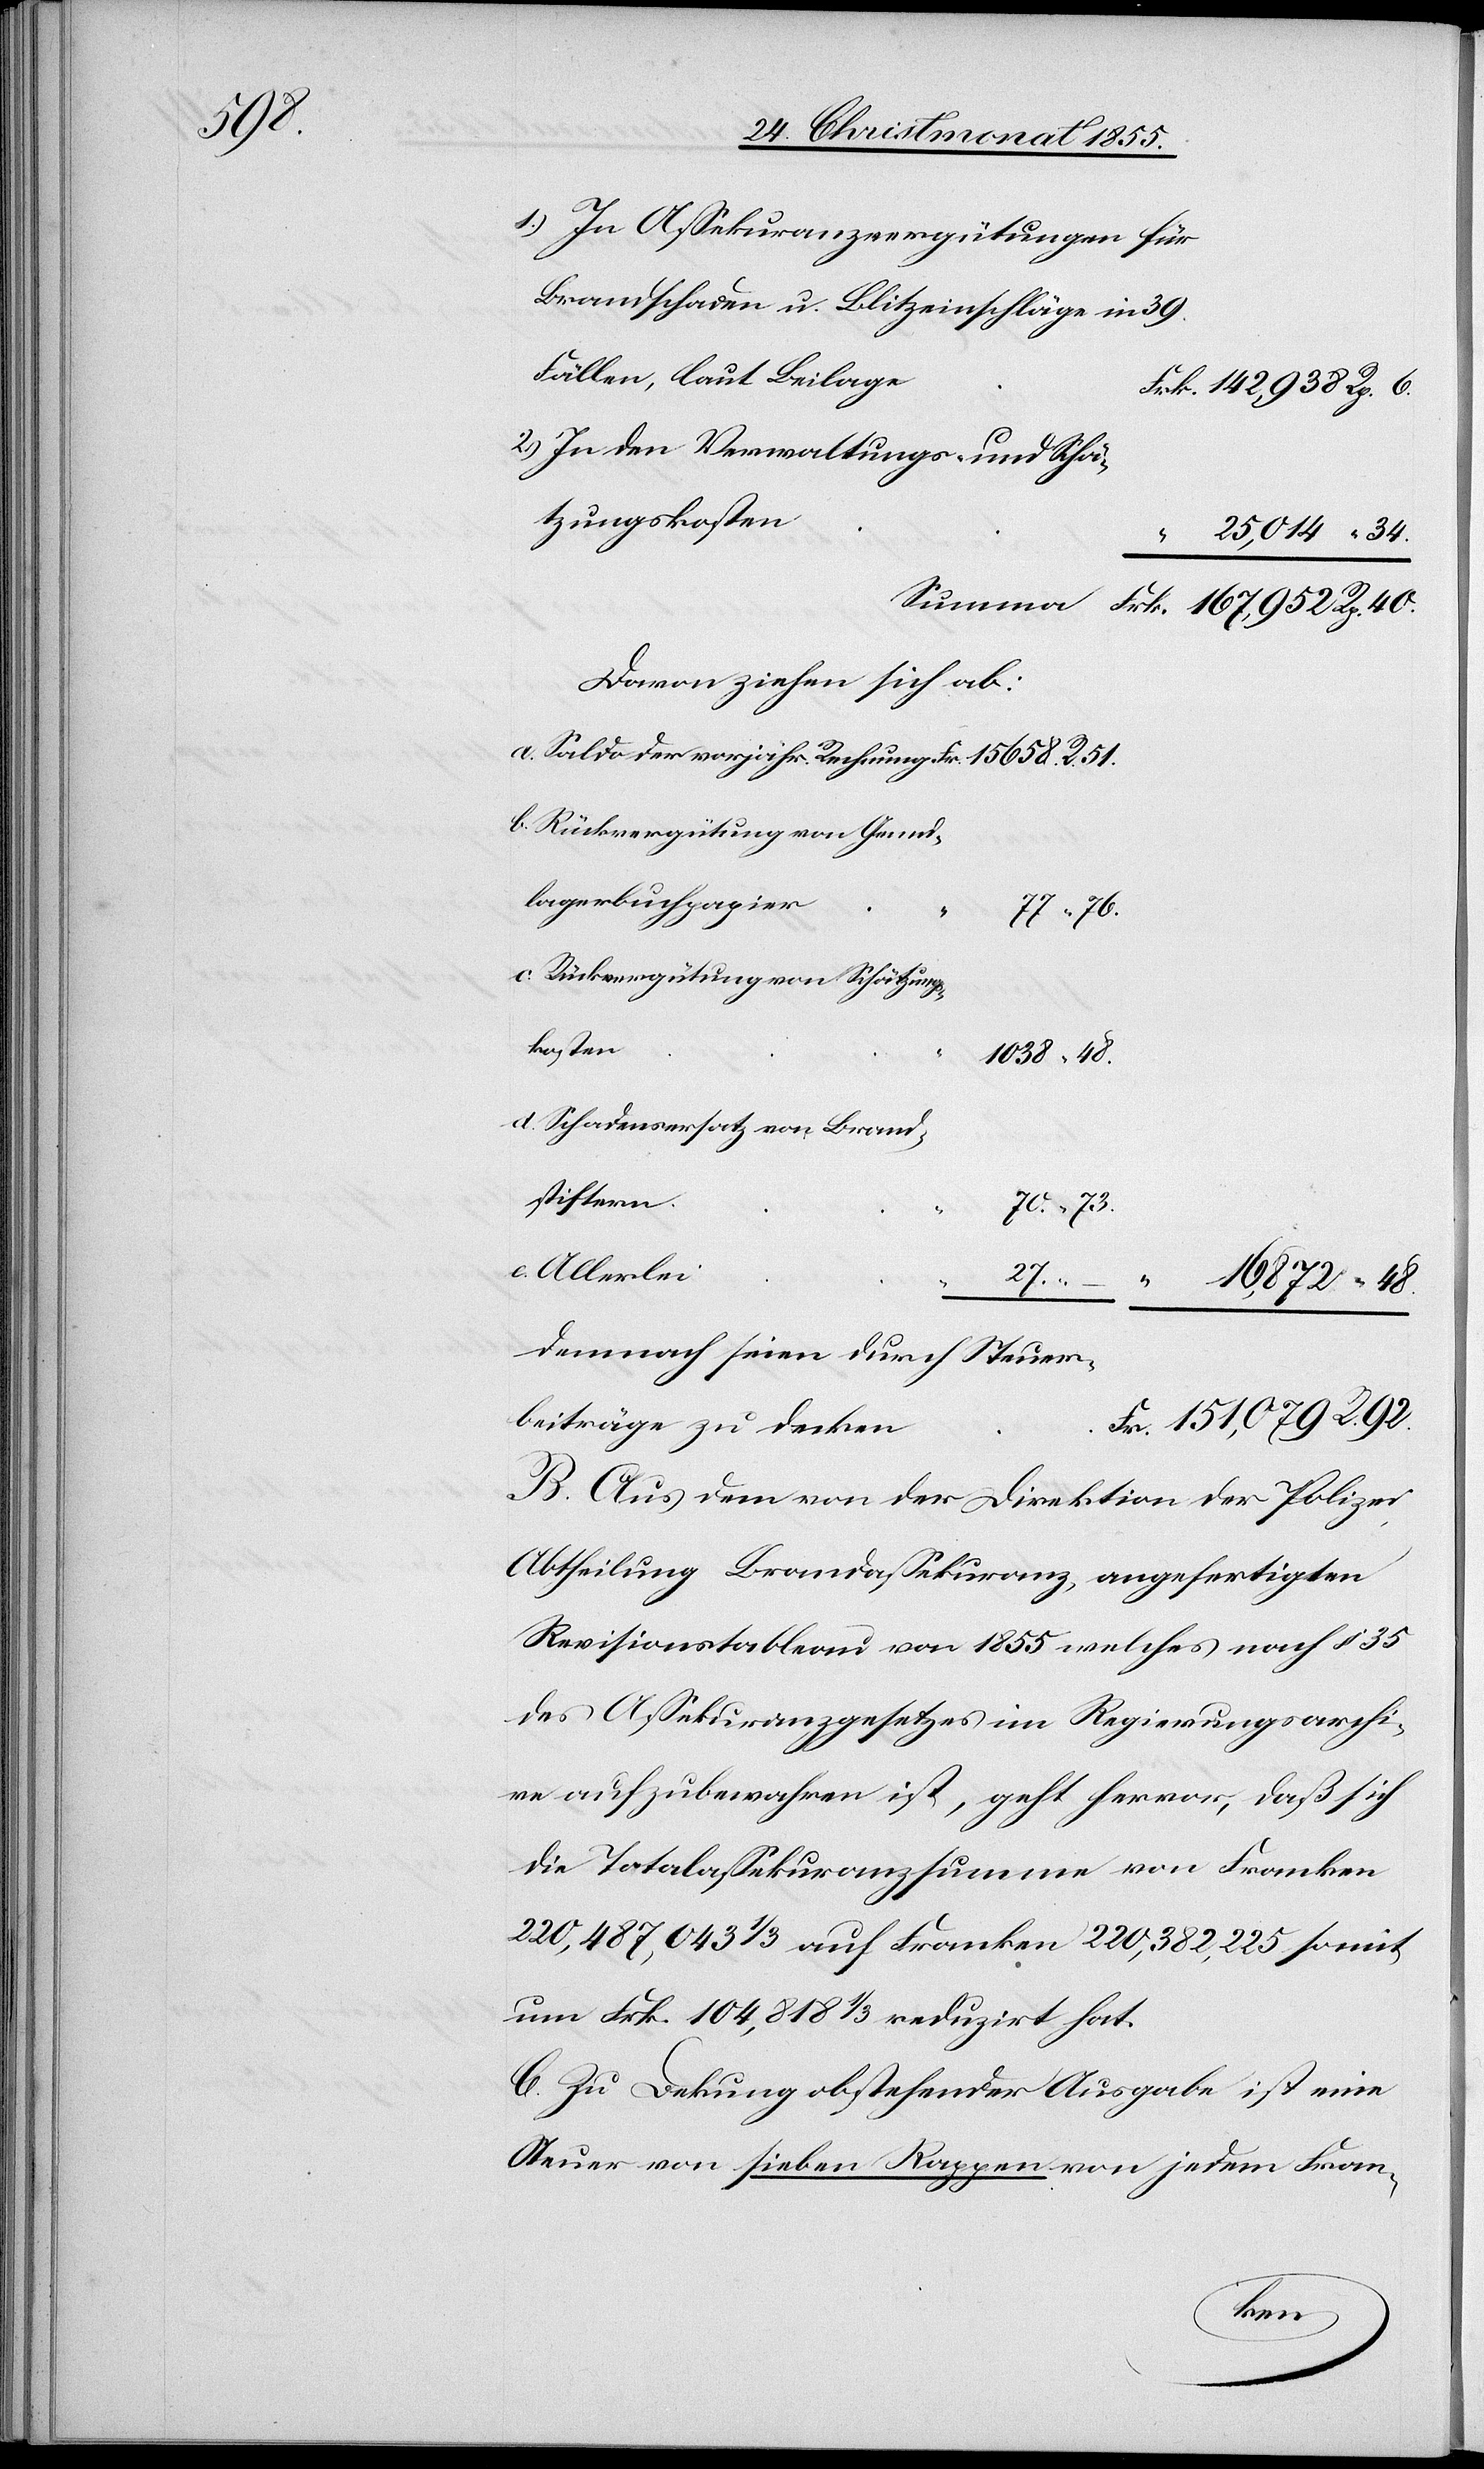
48.

In Assekuranzvergütungen für
Brandschaden u. Blitzeinschläge in 39.
Fällen, laut Beilage
Frk. 142,938 Rp. 6.
In den Verwaltungs- und Schä¬
tzungskosten
25,014 “ 34.
Davon ziehen sich ab:
Rückvergütung von Grund¬
lagerbuchpapier
R.
77 “ 76.
Rückvergütung von Schätzungs¬
kosten
1038 “ 48.
Schadensersatz von Brand¬
stiftern
70. “ 73.
Allerlei
Demnach seien durch Steuer¬
Fr. 151,079 R. 92.
beiträge zu decken
B. Aus dem von der Direktion der Polizei,
Abtheilung Brandassekuranz angefertigten
Revisionstableau von 1855 welches nach § 35
des Assekuranzgesetzes im Regierungsarchi¬
ve aufzubewahren ist, geht hervor, daß sich
die Totalassekuranzsumme von Franken
220,487,043 1/3 auf Franken 220,382,225 somit
um Frk. 104,818 1/3 reduzirt hat.
C. Zu De[c]kung obstehender Ausgabe ist eine
Steuer von sieben Rappen von jedem Fran-